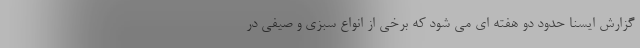
گزارش ایسنا حدود دو هفته ای می شود که برخی از انواع سبزی و صیفی در